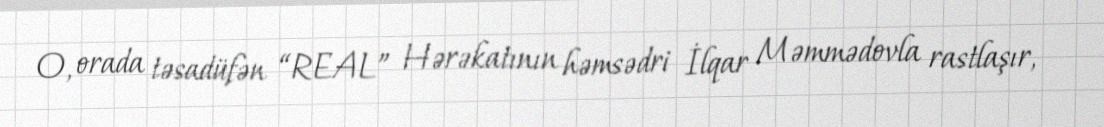
O, orada təsadüfən “REAL” Hərəkatının həmsədri İlqar Məmmədovla rastlaşır,